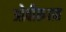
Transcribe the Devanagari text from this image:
ओवीरुपात